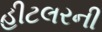
હીટલરની